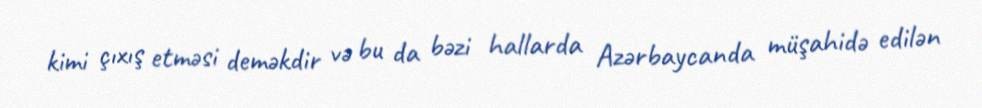
kimi çıxış etməsi deməkdir və bu da bəzi hallarda Azərbaycanda müşahidə edilən